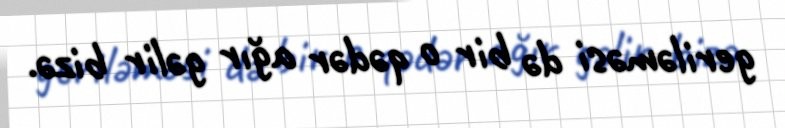
geriləməsi də bir o qədər ağır gəlir bizə.